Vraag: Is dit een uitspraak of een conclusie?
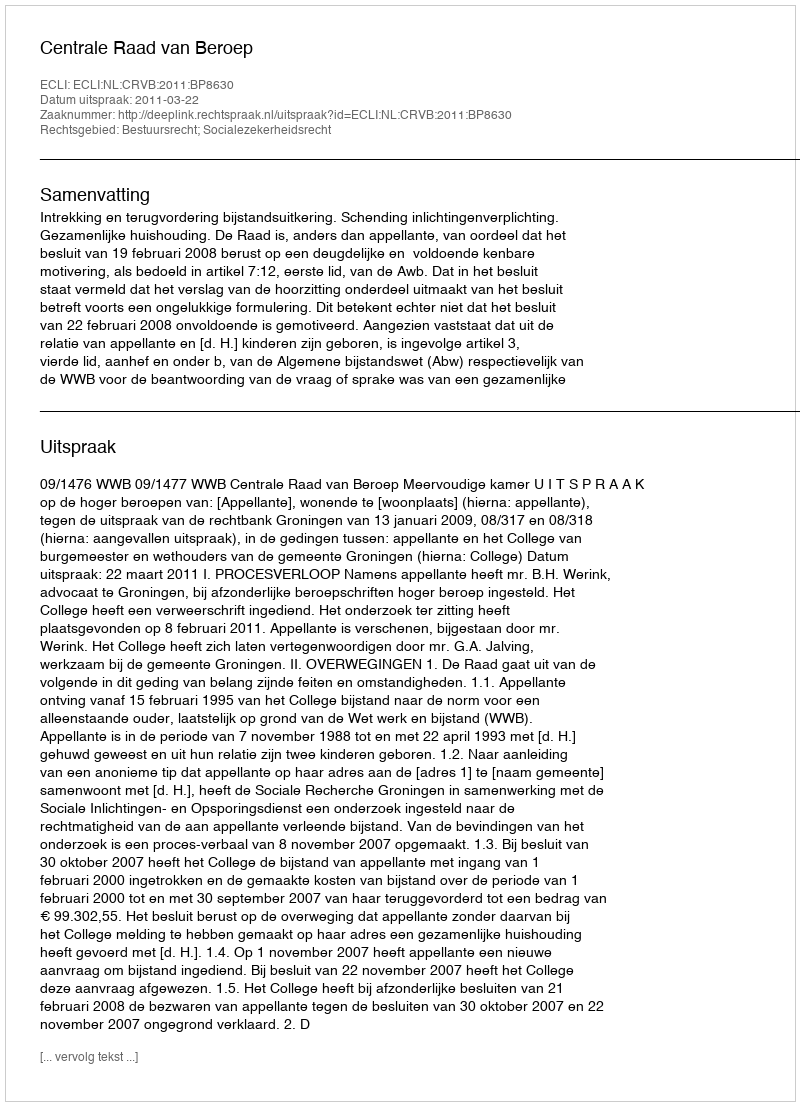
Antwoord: Uitspraak